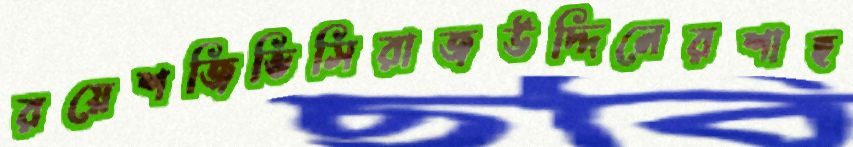
রয়েশজিভিসিরাজউদ্দিনেরশাহ